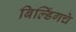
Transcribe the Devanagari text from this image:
बिल्डिंगचे